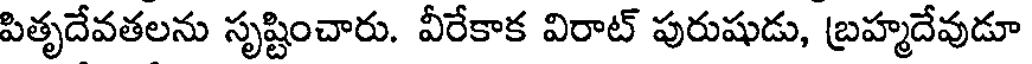
పితృదేవతలను సృష్టించారు. వీరేకాక విరాట్ పురుషుడు, బ్రహ్మదేవుడూ